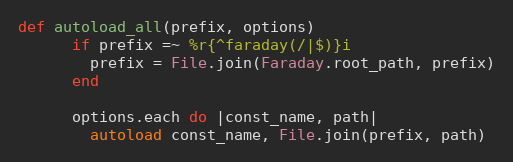
Language: Ruby
def autoload_all(prefix, options)
      if prefix =~ %r{^faraday(/|$)}i
        prefix = File.join(Faraday.root_path, prefix)
      end

      options.each do |const_name, path|
        autoload const_name, File.join(prefix, path)